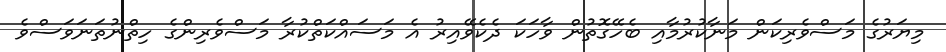
މިޔަރުގެ މަސްވެރިކަން މަނާކުރުމާއި ބެހޭގޮތުން ވާހަކަ ދެކެވޭއިރު އެ މަސައްކަތްކުރާ މަސްވެރިންގެ ހިތްނުތަނަވަސްވެ